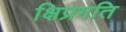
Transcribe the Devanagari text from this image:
क्षिप्रगति